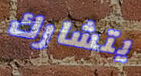
يتشارك